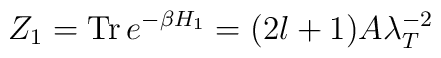
Z_1 = {\rm Tr}\, e^{-\beta H_1} = (2l+1) A \lambda^{-2}_T